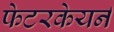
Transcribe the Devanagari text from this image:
फेटरकेयर्न